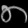
Digit: ၈